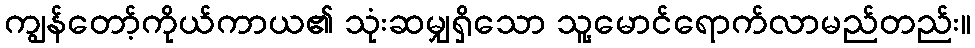
ကျွန်တော့်ကိုယ်ကာယ၏ သုံးဆမျှရှိသော သူ့မောင်ရောက်လာမည်တည်း။